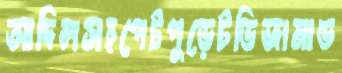
আদিলসহপেটপুড়েটডিজামাড